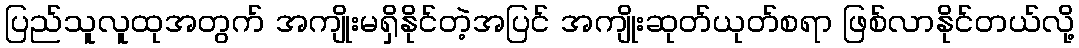
ပြည်သူလူထုအတွက် အကျိုးမရှိနိုင်တဲ့အပြင် အကျိုးဆုတ်ယုတ်စရာ ဖြစ်လာနိုင်တယ်လို့